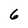
Character: 6